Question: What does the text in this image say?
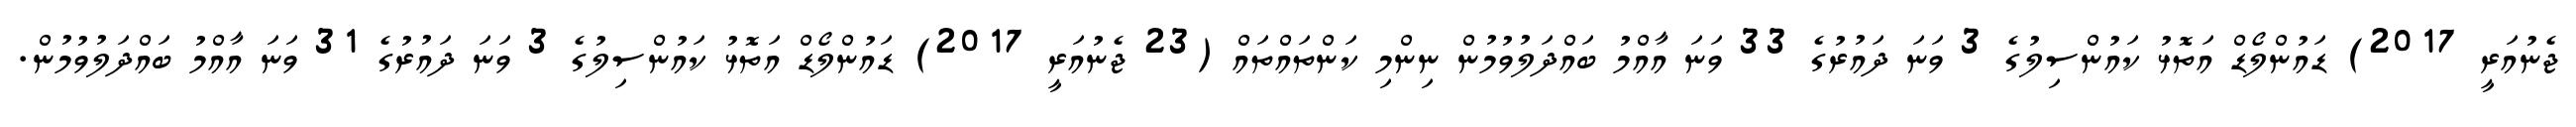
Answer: ޖެނުއަރީ 2017) ޑައުންލޯޑް އަތޮޅު ކައުންސިލުގެ 3 ވަނަ ދައުރުގެ 33 ވަނަ އާއްމު ބައްދަލުވުމުން ނިންމި ކަންތައްތައް (23 ޖެނުއަރީ 2017) ޑައުންލޯޑް އަތޮޅު ކައުންސިލުގެ 3 ވަނަ ދައުރުގެ 31 ވަނަ އާއްމު ބައްދަލުވުމުން.